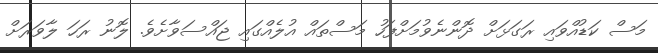
މަސް ކަޑުއްވައި ރަގަޅަށް ދޮންނެވުމަށްފަހު މަސްތައް އުލެއްގައި ޖައްސަވާށެވެ. ލޮނު ރަހަ ލާވަރަށް